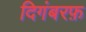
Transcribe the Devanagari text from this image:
दिगंबरफ़